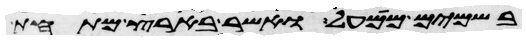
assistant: בשמים ממעל ואשר בארץ מתחת